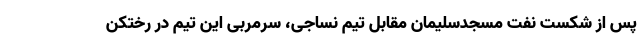
پس از شکست نفت مسجدسلیمان مقابل تیم نساجی، سرمربی این تیم در رختکن